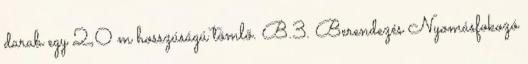
darab egy 2,0 m hosszúságú tömlõ. B.3. Berendezés Nyomásfokozó